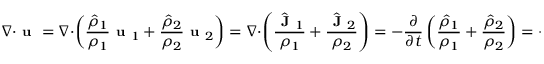
\small \nabla \cdot \textbf { u } = \nabla \cdot \left( \frac { \hat { \rho } _ { 1 } } { \rho _ { 1 } } \textbf { u } _ { 1 } + \frac { \hat { \rho } _ { 2 } } { \rho _ { 2 } } \textbf { u } _ { 2 } \right) = \nabla \cdot \left( \frac { \hat { \textbf { J } } _ { 1 } } { \rho _ { 1 } } + \frac { \hat { \textbf { J } } _ { 2 } } { \rho _ { 2 } } \right) = - \frac { \partial } { \partial t } \left( \frac { \hat { \rho } _ { 1 } } { \rho _ { 1 } } + \frac { \hat { \rho } _ { 2 } } { \rho _ { 2 } } \right) = - \frac { \partial } { \partial t } ( \phi _ { 1 } + \phi _ { 2 } ) = - \frac { \partial 1 } { \partial t } = 0 ,